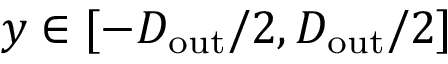
y \in [ - D _ { \mathrm { o u t } } / 2 , D _ { \mathrm { o u t } } / 2 ]